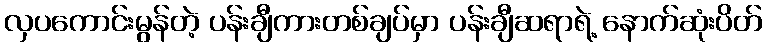
လှပကောင်းမွန်တဲ့ ပန်းချီကားတစ်ချပ်မှာ ပန်းချီဆရာရဲ့ နောက်ဆုံးပိတ်